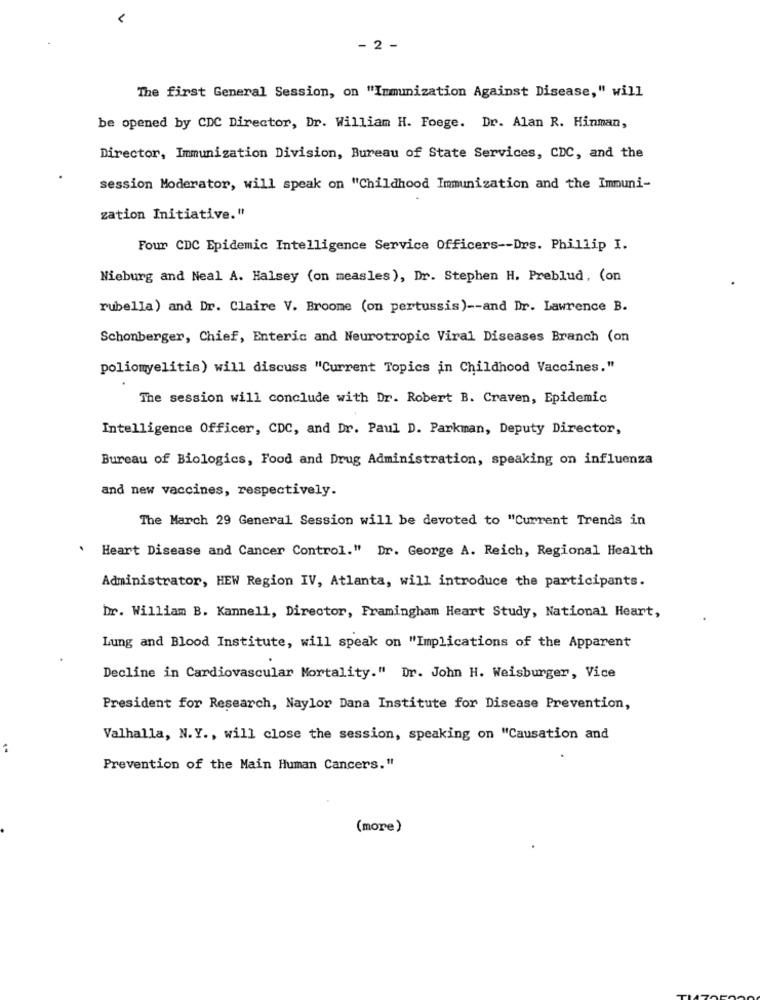
‹
- 2 -
The first General Session, on "Immunization Against Disease," will
be opened by CDC Director, Dr. William H. Foege. Dr. Alan R. Hinman,
Director, Immunization Division, Bureau of State Services, CDC, and the
session Moderator, will speak on "Childhood Immunization and the Immuni-
zation Initiative."
Four CDC Epidemic Intelligence Service Officers -- Drs. Phillip I.
Nieburg and Neal A. Halsey (on measles), Dr. Stephen H. Preblud, (on
rubella) and Dr. Claire V. Broome (on pertussis) -- and Dr. Lawrence B.
Schonberger, Chief, Enteric and Neurotropic Viral Diseases Branch (on
poliomyelitis) will discuss "Current Topics in Childhood Vaccines."
The session will conclude with Dr. Robert B. Craven, Epidemic
Intelligence Officer, CDC, and Dr. Paul D. Parkman, Deputy Director,
Bureau of Biologics, Food and Drug Administration, speaking on influenza
and new vaccines, respectively.
The March 29 General Session will be devoted to "Current Trends in
Heart Disease and Cancer Control." Dr. George A. Reich, Regional Health
Administrator, HEW Region IV, Atlanta, will introduce the participants.
Dr. William B. Kannell, Director, Framingham Heart Study, National Heart,
Lung and Blood Institute, will speak on "Implications of the Apparent
Decline in Cardiovascular Mortality." Dr. John H. Weisburger, Vice
President for Research, Naylor Dana Institute for Disease Prevention,
Valhalla, N.Y ., will close the session, speaking on "Causation and
Prevention of the Main Human Cancers."
(more)